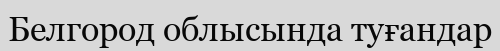
Белгород облысында туғандар